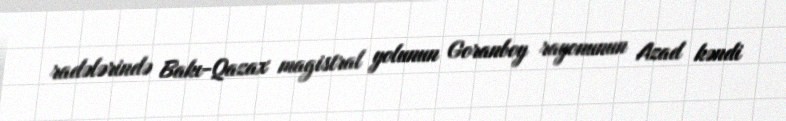
radələrində Bakı-Qazax magistral yolunun Goranboy rayonunun Azad kəndi